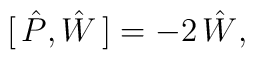
[ \, \hat{P} , \hat{W} \, ] = - 2 \, \hat{W},